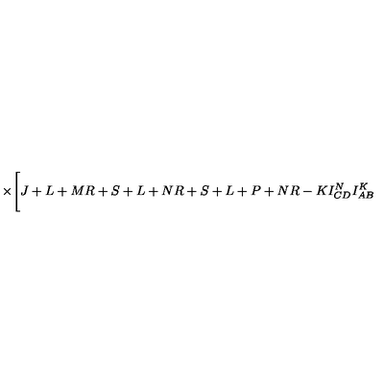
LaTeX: \times \Biggl [ { \binom { J + L + M } { R + S + L + N } } { \binom { R + S + L + P + N } { R - K } } I _ { C D } ^ { N } I _ { A B } ^ { K }